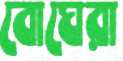
বোঘেরা